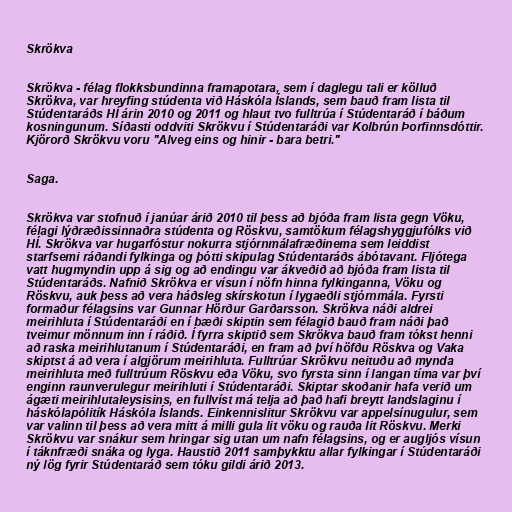
Skrökva

Skrökva - félag flokksbundinna framapotara, sem í daglegu tali er kölluð
Skrökva, var hreyfing stúdenta við Háskóla Íslands, sem bauð fram lista til
Stúdentaráðs HÍ árin 2010 og 2011 og hlaut tvo fulltrúa í Stúdentaráð í báðum
kosningunum. Síðasti oddviti Skrökvu í Stúdentaráði var Kolbrún Þorfinnsdóttir.
Kjörorð Skrökvu voru "Alveg eins og hinir - bara betri."

Saga.

Skrökva var stofnuð í janúar árið 2010 til þess að bjóða fram lista gegn Vöku,
félagi lýðræðissinnaðra stúdenta og Röskvu, samtökum félagshyggjufólks við
HÍ. Skrökva var hugarfóstur nokurra stjórnmálafræðinema sem leiddist
starfsemi ráðandi fylkinga og þótti skipulag Stúdentaráðs ábótavant. Fljótega
vatt hugmyndin upp á sig og að endingu var ákveðið að bjóða fram lista til
Stúdentaráðs. Nafnið Skrökva er vísun í nöfn hinna fylkinganna, Vöku og
Röskvu, auk þess að vera háðsleg skírskotun í lygaeðli stjórnmála. Fyrsti
formaður félagsins var Gunnar Hörður Garðarsson. Skrökva náði aldrei
meirihluta í Stúdentaráði en í bæði skiptin sem félagið bauð fram náði það
tveimur mönnum inn í ráðið. Í fyrra skiptið sem Skrökva bauð fram tókst henni
að raska meirihlutanum í Stúdentaráði, en fram að því höfðu Röskva og Vaka
skiptst á að vera í algjörum meirihluta. Fulltrúar Skrökvu neituðu að mynda
meirihluta með fulltrúum Röskvu eða Vöku, svo fyrsta sinn í langan tíma var því
enginn raunverulegur meirihluti í Stúdentaráði. Skiptar skoðanir hafa verið um
ágæti meirihlutaleysisins, en fullvíst má telja að það hafi breytt landslaginu í
háskólapólitík Háskóla Íslands. Einkennislitur Skrökvu var appelsínugulur, sem
var valinn til þess að vera mitt á milli gula lit vöku og rauða lit Röskvu. Merki
Skrökvu var snákur sem hringar sig utan um nafn félagsins, og er augljós vísun
í táknfræði snáka og lyga. Haustið 2011 samþykktu allar fylkingar í Stúdentaráði
ný lög fyrir Stúdentaráð sem tóku gildi árið 2013.